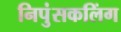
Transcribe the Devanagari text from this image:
निपुंसकलिंग